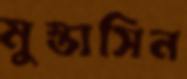
মুস্তাসিন